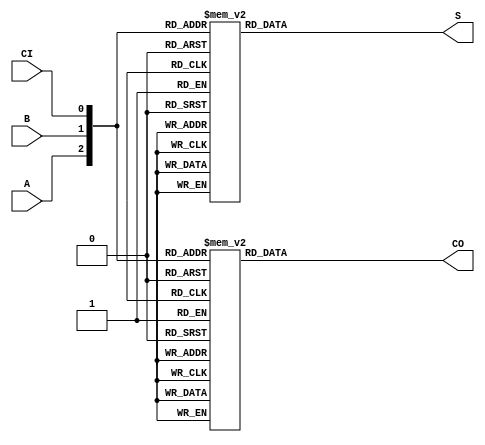
`timescale 1ns / 1ps
//////////////////////////////////////////////////////////////////////////////////
// Company: 
// Engineer: 
// 
// Design Name: 
// Module Name: projext_2
// Project Name: 
// Target Devices: 
// Tool Versions: 
// Description: 
// 
// Dependencies: 
// 
// Revision:
// Revision 0.01 - File Created
// Additional Comments:
// 
//////////////////////////////////////////////////////////////////////////////////


module projext_2(A, B, CI, S, CO);

    input A,B,CI;
    output reg S, CO;
    
    always@(*)
    begin
        case( {A,B,CI})
            3'b000: S=0;
            3'b001: S=1;
            3'b010: S=1;
            3'b011: S=0;
            3'b100: S=1;
            3'b101: S=0;
            3'b110: S=0;
            3'b111: S=1;
        endcase
        case({A,B,CI})
            3'b000: CO=0;
            3'b001: CO=0;
            3'b010: CO=0;
            3'b011: CO=1;
            3'b100: CO=0;
            3'b101: CO=1;
            3'b110: CO=1;
            3'b111: CO=1;
        endcase
    end
endmodule